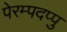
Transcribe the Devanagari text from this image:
पेरम्पदप्पु